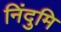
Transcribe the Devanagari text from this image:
निंदुमि